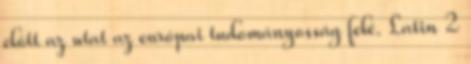
előtt az utat az európai tudományosság felé. Latin 2